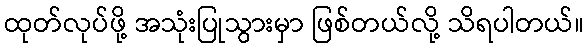
ထုတ်လုပ်ဖို့ အသုံးပြုသွားမှာ ဖြစ်တယ်လို့ သိရပါတယ်။